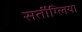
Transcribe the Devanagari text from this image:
सर्तीग्लिया